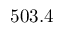
5 0 3 . 4